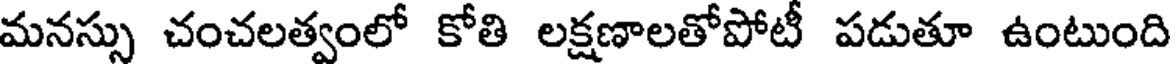
మనస్సు చంచలత్వంలో కోతి లక్షణాలతోపోటీ పడుతూ ఉంటుంది